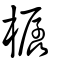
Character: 樼